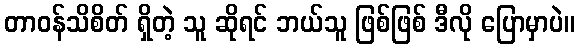
တာဝန်သိစိတ် ရှိတဲ့ သူ ဆိုရင် ဘယ်သူ ဖြစ်ဖြစ် ဒီလို ပြောမှာပဲ။